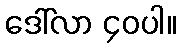
ဒေါ်လာ ၄၀ပါ။